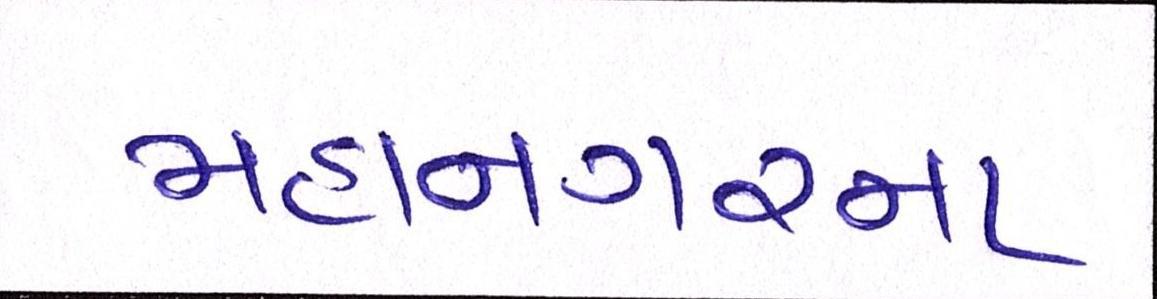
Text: મહાનગરના